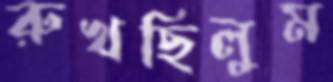
রুখছিলুম